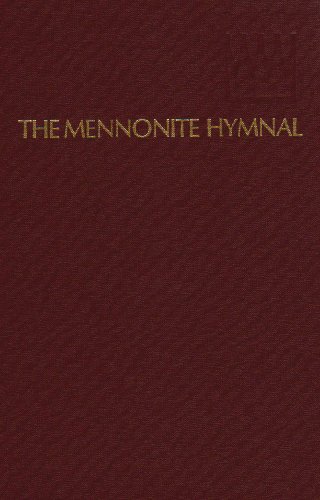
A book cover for The Mennonite Hymnal; Mennonite Church; Christian Books & Bibles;